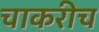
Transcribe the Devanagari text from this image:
चाकरीच